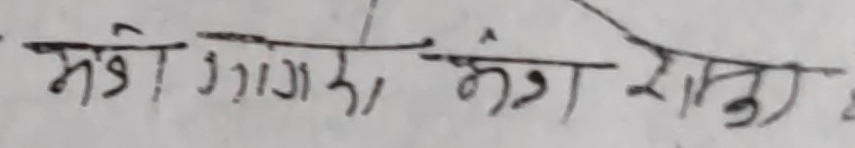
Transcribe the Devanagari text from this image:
मड़ो गाग्रे, मंग शोह